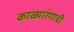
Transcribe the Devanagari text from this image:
काळ्यारंगाची